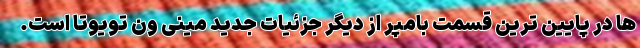
ها در پایین ترین قسمت بامپر از دیگر جزئیات جدید مینی ون تویوتا است.